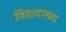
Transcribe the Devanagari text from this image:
विवादास्प्रद